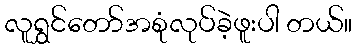
လူရွှင်တော်အစုံလုပ်ခဲ့ဖူးပါ တယ်။